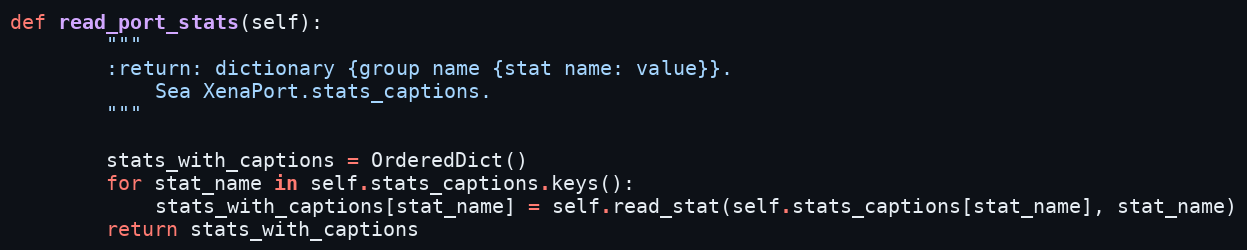
Language: Python
def read_port_stats(self):
        """
        :return: dictionary {group name {stat name: value}}.
            Sea XenaPort.stats_captions.
        """

        stats_with_captions = OrderedDict()
        for stat_name in self.stats_captions.keys():
            stats_with_captions[stat_name] = self.read_stat(self.stats_captions[stat_name], stat_name)
        return stats_with_captions